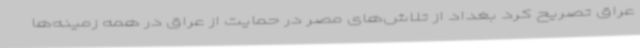
عراق تصریح کرد بغداد از تلاش‌های مصر در حمایت از عراق در همه زمینه‌ها